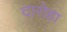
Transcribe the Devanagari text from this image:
दारोहा